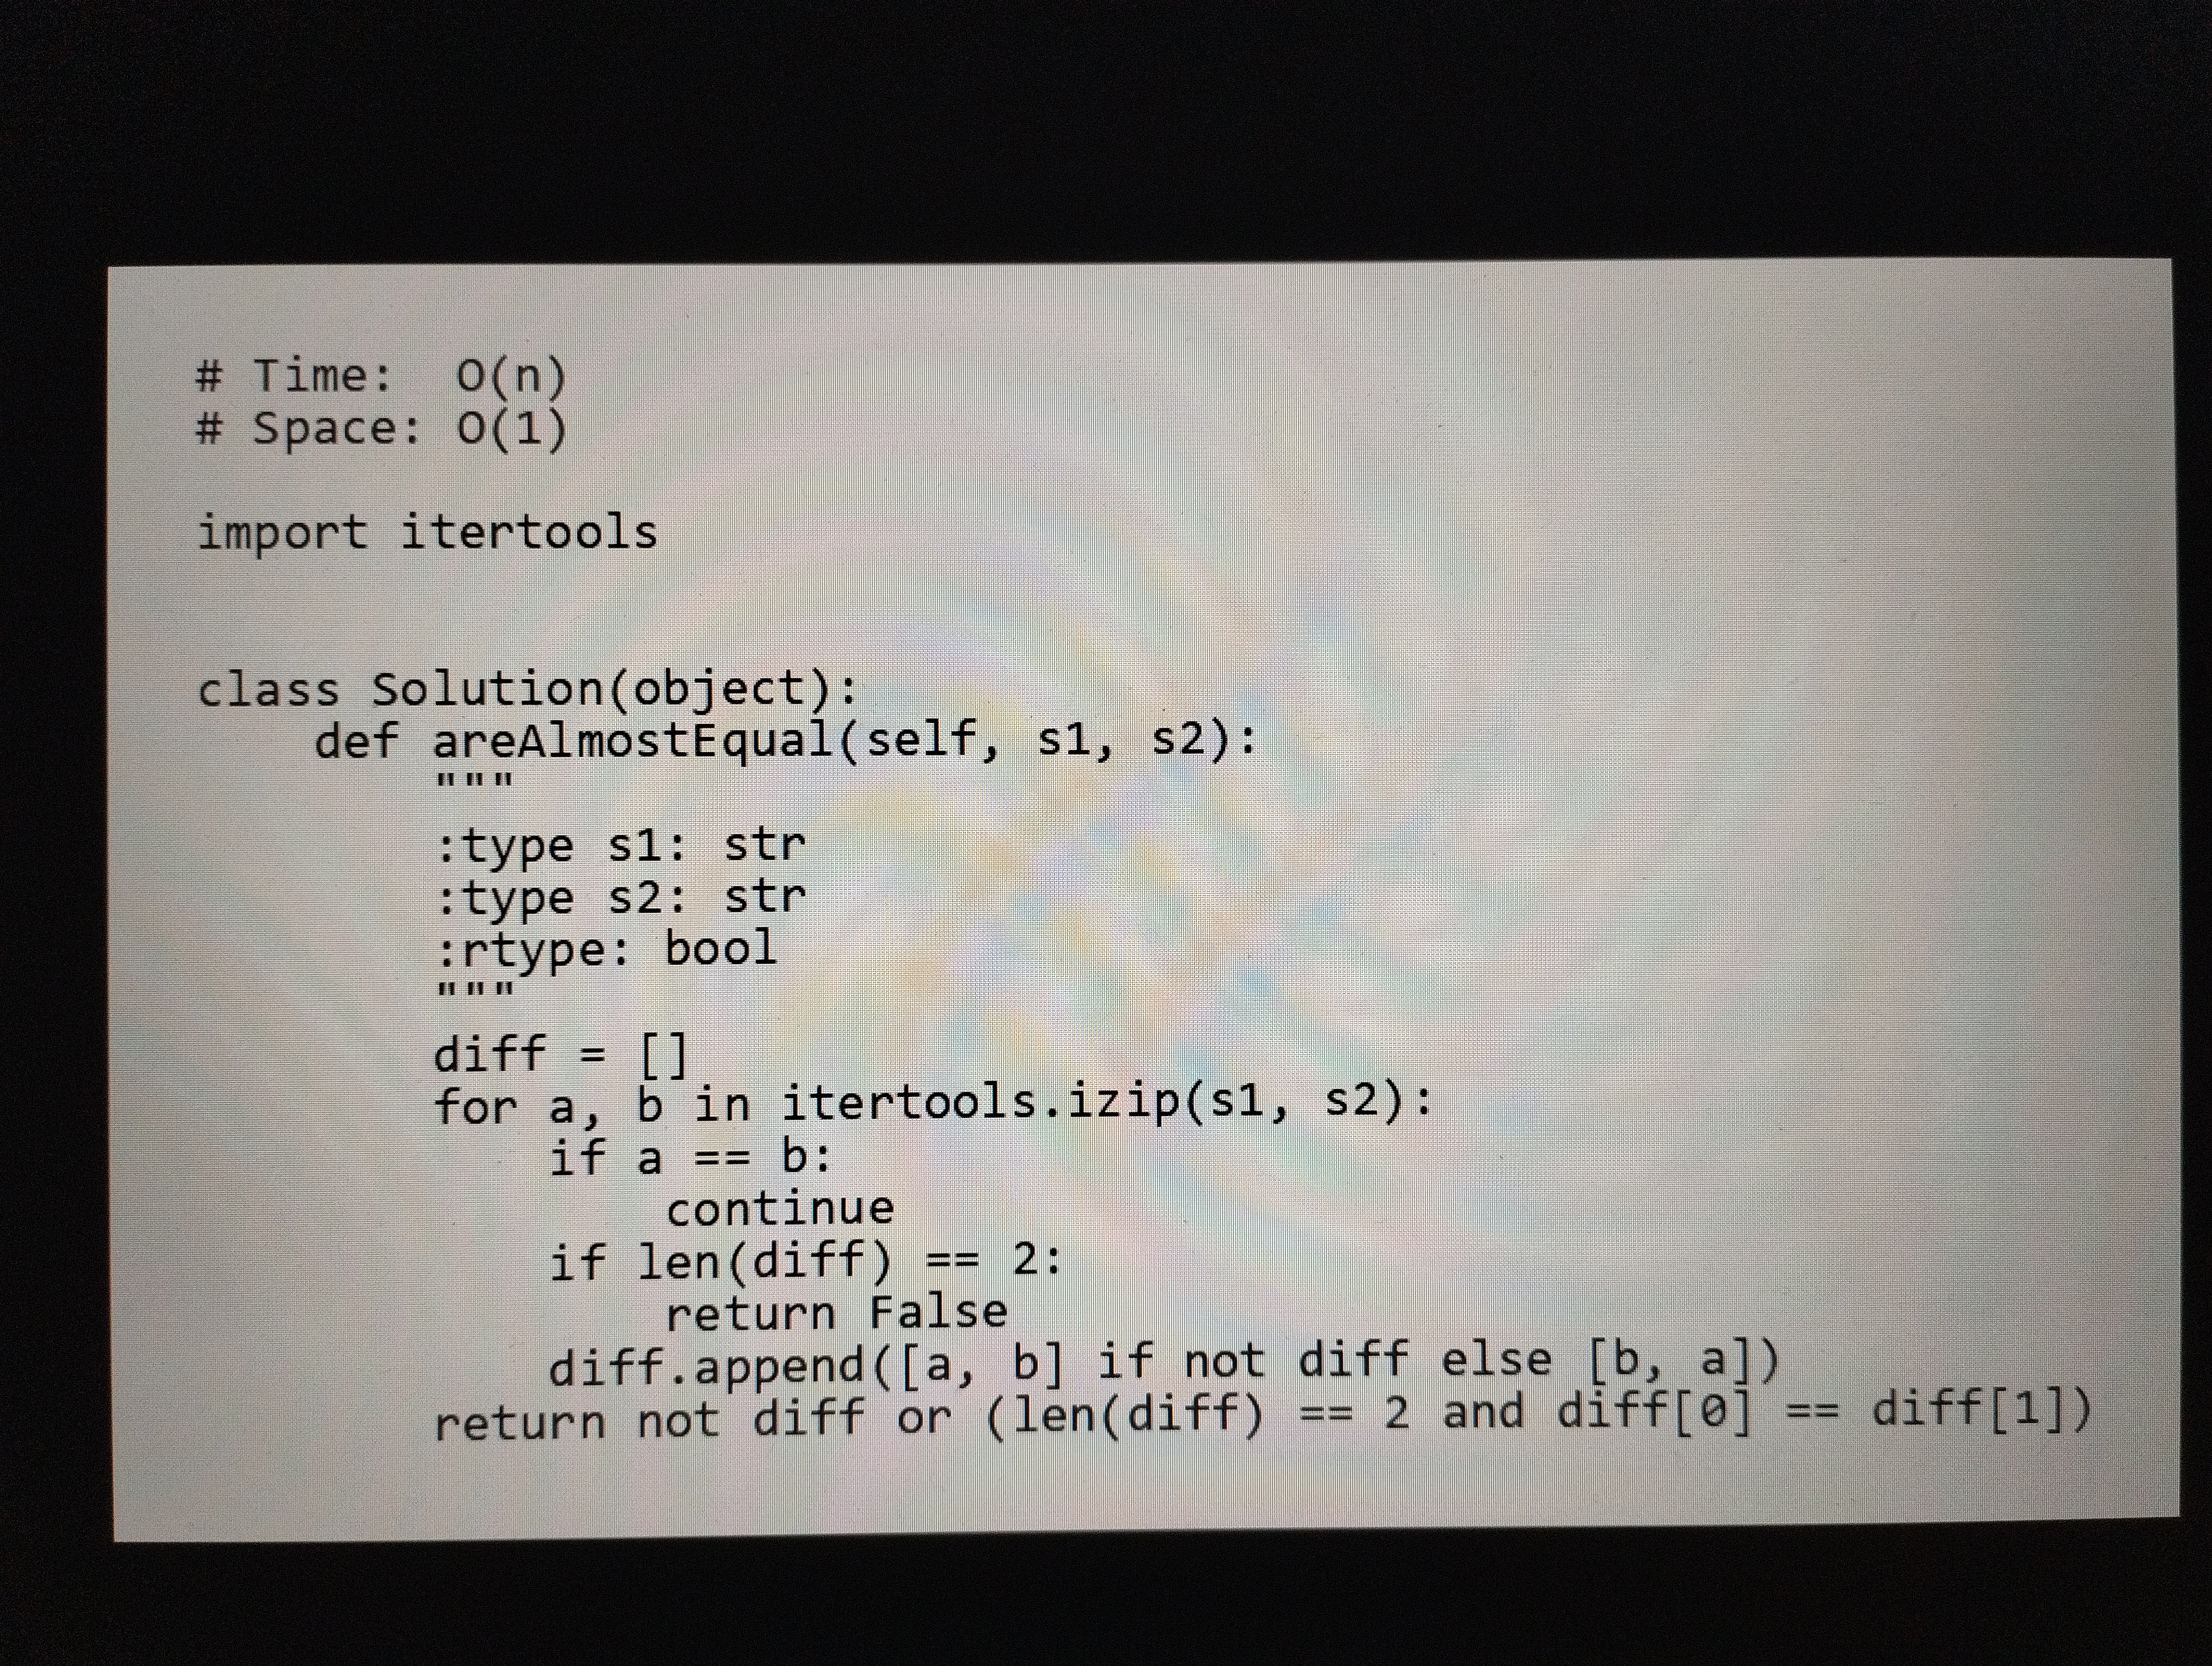
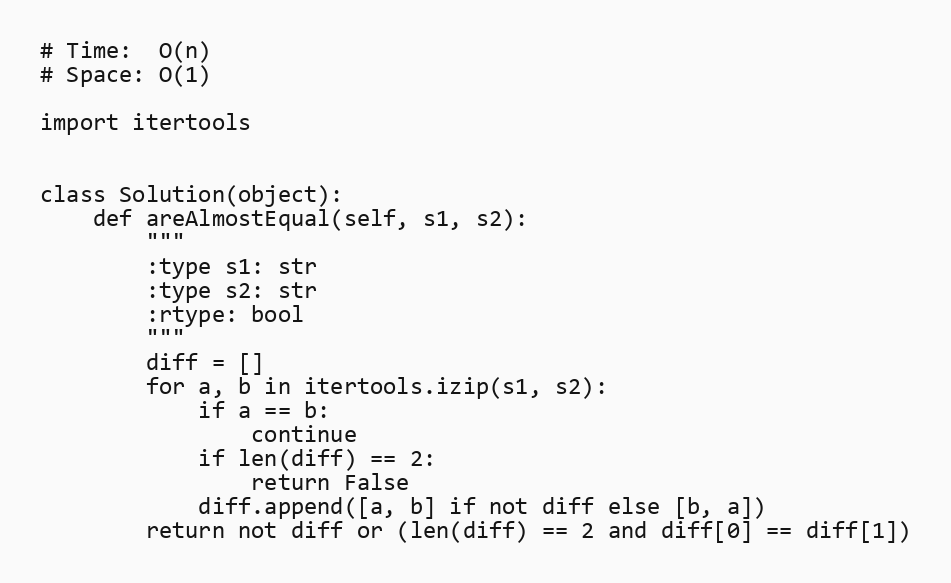
# Time:  O(n)
# Space: O(1)

import itertools

class Solution(object):
    def areAlmostEqual(self, s1, s2):
        """
        :type s1: str
        :type s2: str
        :rtype: bool
        """
        diff = []
        for a, b in itertools.izip(s1, s2):
            if a == b:
                continue
            if len(diff) == 2:
                return False
            diff.append([a, b] if not diff else [b, a])
        return not diff or (len(diff) == 2 and diff[0] == diff[1])